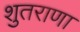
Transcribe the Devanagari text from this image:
शुतराणा